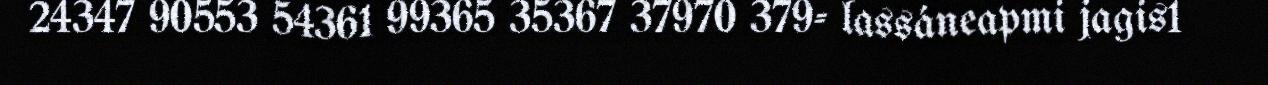
24347 90553 54361 99365 35367 37970 379- lassáneapmi jagis1